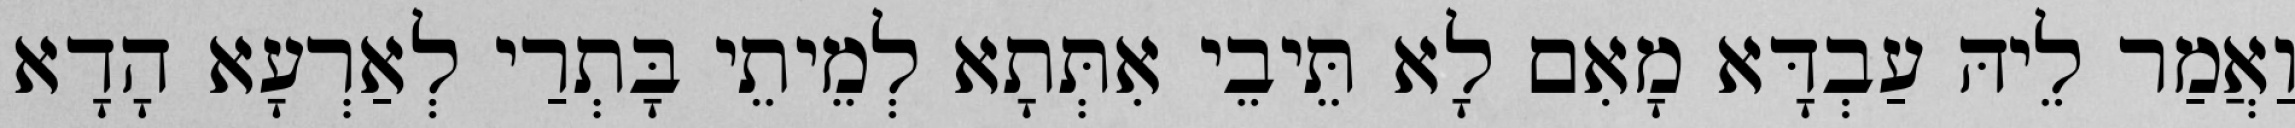
וַאֲמַר לֵיהּ עַבְדָּא מָאִם לָא תֵּיבֵי אִתְּתָא לְמֵיתֵי בָּתְרַי לְאַרְעָא הָדָא